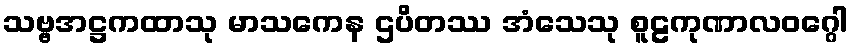
သဗ္ဗအဋ္ဌကထာသု မာသကေန ဌပိတဿ အံသေသု စူဠကုဏာလဝဂ္ဂေါ